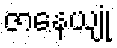
ဇာနေယျုံ